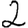
Digit: 2